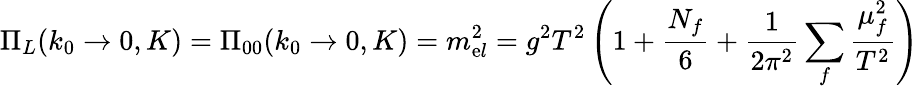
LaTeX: \Pi_{L}(k_{0}\to0,K)=\Pi_{00}(k_{0}\to0,K)=m_{\mathrm{e}l}^{2}=g^{2}T^{2}\left(1+{\frac{{N_{f}}}{{6}}}+{\frac{{1}}{{2\pi^{2}}}}\sum_{f}{\frac{{\mu_{f}^{2}}}{{T^{2}}}}\right)